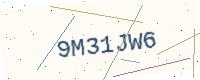
Text: 9M31JW6